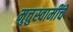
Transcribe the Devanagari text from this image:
मुत्तुस्वामींचे